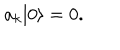
LaTeX: a _ { k } | 0 \rangle = 0 .